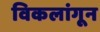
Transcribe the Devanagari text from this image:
विकलांगून